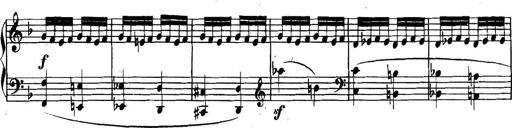
Title: Collected Piano Sonatas
Composer: Muzio Clementi